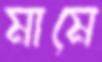
মামে